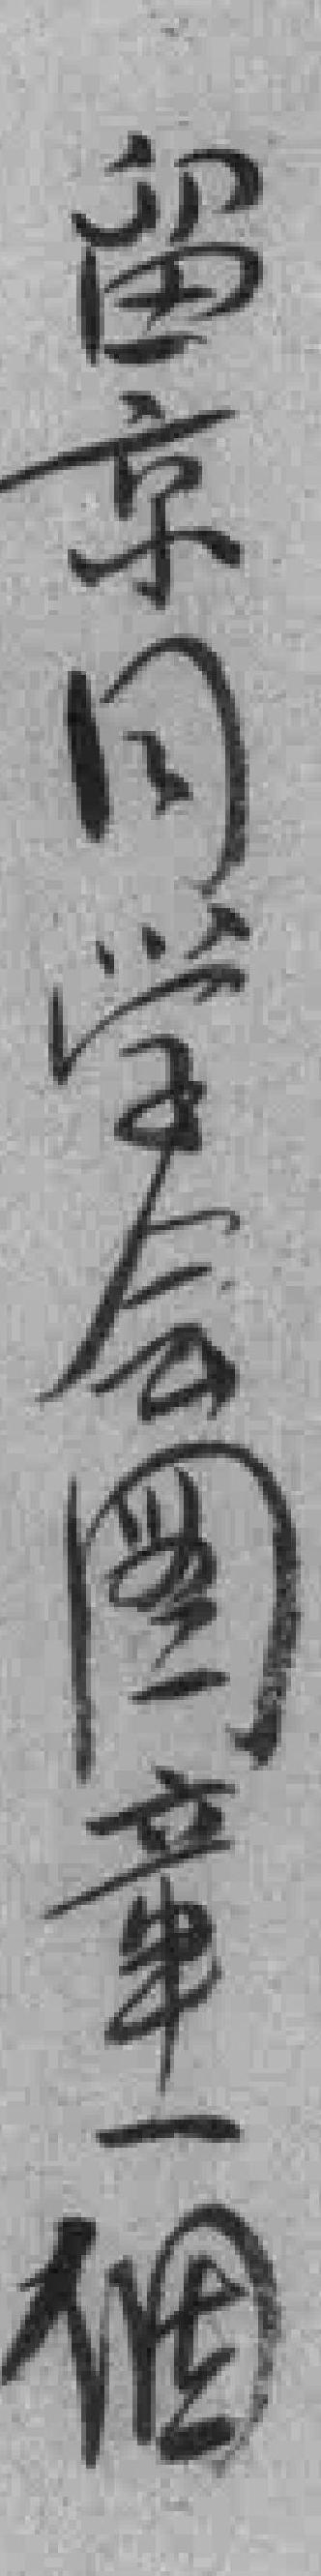
留京同学会图章一個